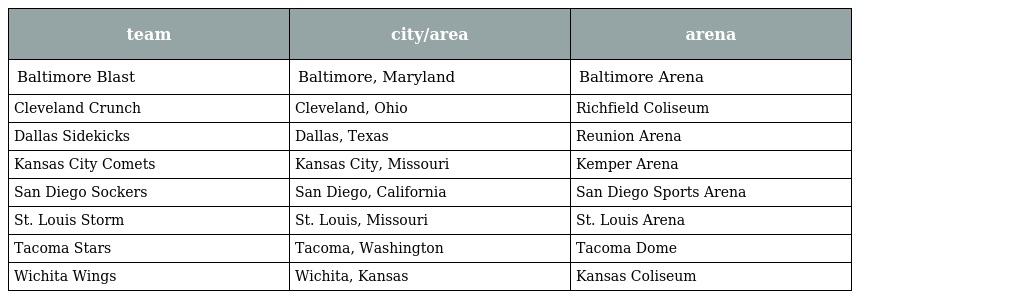
| team | city/area | arena |
 | --- | --- | --- |
 | Baltimore Blast | Baltimore, Maryland | Baltimore Arena |
 | Cleveland Crunch | Cleveland, Ohio | Richfield Coliseum |
 | Dallas Sidekicks | Dallas, Texas | Reunion Arena |
 | Kansas City Comets | Kansas City, Missouri | Kemper Arena |
 | San Diego Sockers | San Diego, California | San Diego Sports Arena |
 | St. Louis Storm | St. Louis, Missouri | St. Louis Arena |
 | Tacoma Stars | Tacoma, Washington | Tacoma Dome |
 | Wichita Wings | Wichita, Kansas | Kansas Coliseum |